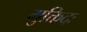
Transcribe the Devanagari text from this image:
मुक्तिदः